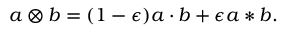
a \otimes b = ( 1 - \epsilon ) a \cdot b + \epsilon a * b .